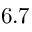
6 . 7